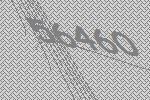
56460